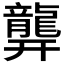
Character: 𪚜